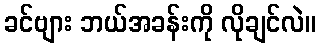
ခင်ဗျား ဘယ်အခန်းကို လိုချင်လဲ။